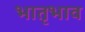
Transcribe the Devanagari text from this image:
भातृभाव